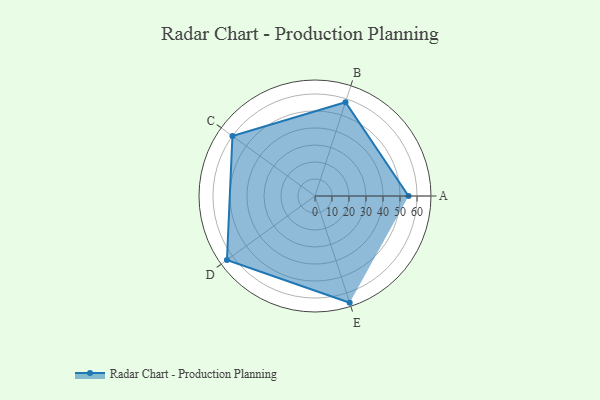
{"axis": {"x": "Skill", "y": "Score"}, "legend": ["Profile"], "data": [{"x": "A", "y": 55.0, "type": "Profile"}, {"x": "B", "y": 58.0, "type": "Profile"}, {"x": "C", "y": 60.0, "type": "Profile"}, {"x": "D", "y": 64.0, "type": "Profile"}, {"x": "E", "y": 66.0, "type": "Profile"}]}